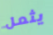
يثمل